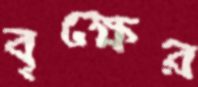
বৃক্ষের